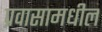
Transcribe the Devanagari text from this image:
प्रवासामधील